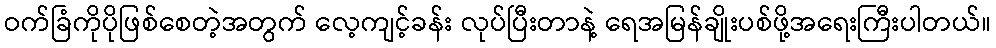
ဝက်ခြံကိုပိုဖြစ်စေတဲ့အတွက် လေ့ကျင့်ခန်း လုပ်ပြီးတာနဲ့ ရေအမြန်ချိုးပစ်ဖို့အရေးကြီးပါတယ်။